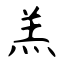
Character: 羔